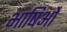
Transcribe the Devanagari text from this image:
भाषिओं